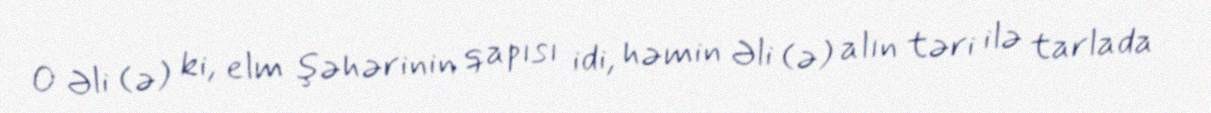
O Əli (ə) ki, elm şəhərinin qapısı idi, həmin Əli (ə) alın təri ilə tarlada